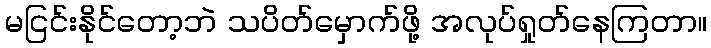
မငြင်းနိုင်တော့ဘဲ သပိတ်မှောက်ဖို့ အလုပ်ရှုတ်နေကြတာ။